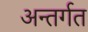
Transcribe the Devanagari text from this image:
अन्तर्गत